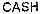
CASH